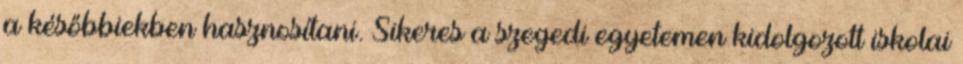
a későbbiekben hasznosítani. Sikeres a szegedi egyetemen kidolgozott iskolai